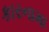
કારનામા